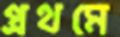
প্রথমে